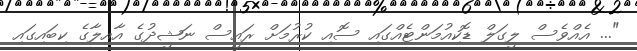
"... އެއްވެސް ލީގަލް ޑޮކިއުމަންޓެއްގައި ސޮއި ކުރުމަށް ރައީސް ނަޝީދުގެ އާއިލާގެ ކިބައިގައި